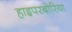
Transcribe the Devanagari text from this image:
हाइपरबोरिया